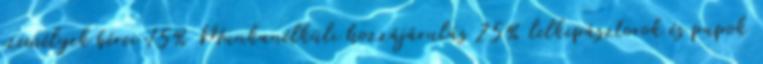
személyek bérei 15% Munkanélküli hozzájárulás 25% lelkipásztorok és papok